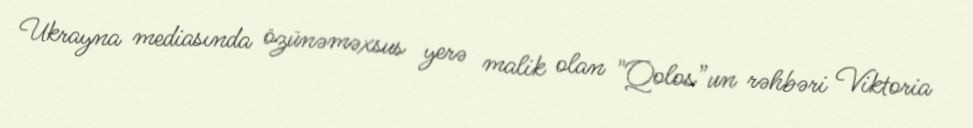
Ukrayna mediasında özünəməxsus yerə malik olan "Qolos”un rəhbəri Viktoria